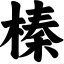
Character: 榛